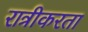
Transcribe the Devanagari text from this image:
रात्रीकरता